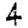
Digit: 4